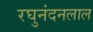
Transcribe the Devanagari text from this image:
रघुनंदनलाल